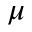
\mu